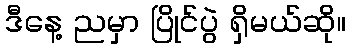
ဒီနေ့ ညမှာ ပြိုင်ပွဲ ရှိမယ်ဆို။